Lunatic asylums Bombay report 1878-1890 - 1878-1890
Year: 1878
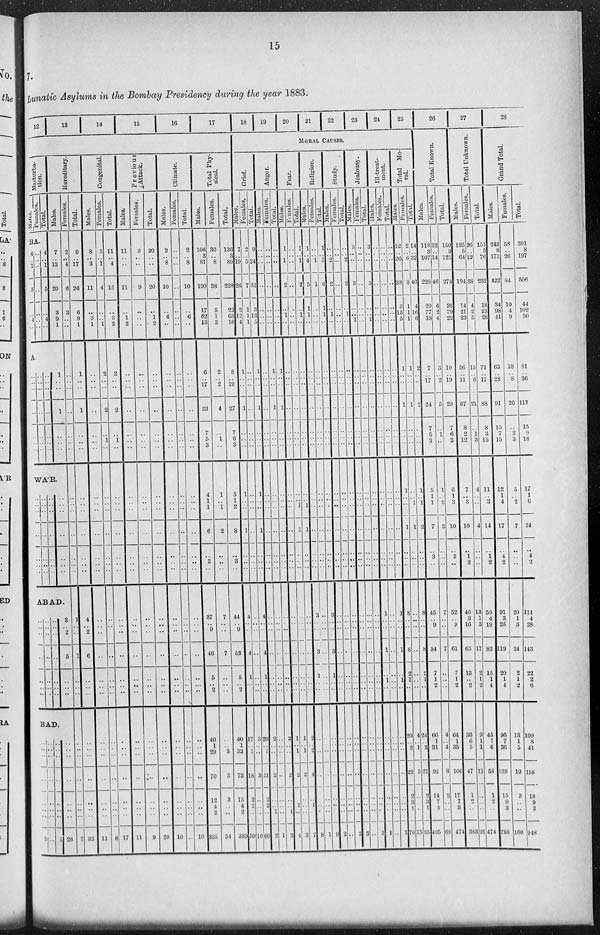
15
7.
Lunatic Asylums in the Bombay Presidency during the year 1883.
12
13
14
15 16 17
Masturba-
tion.
Males.
Females.
Total.
BA.
4
.. 1
5
..
4
..
..
..
..
..
..
..
..
4
.. 1
5
..
4
..
Hereditary.
Males.
7
.. 13
20
3
9
1
A.
..
..
..
..
..
..
..
..
..
..
..
..
..
..
..
..
..
..
..
..
..
1
..
..
1
..
..
..
WA'R.
..
..
..
..
..
..
..
..
..
..
..
..
..
..
..
..
..
..
..
..
..
..
..
..
..
..
..
..
ABAD.
..
..
..
..
..
..
..
..
..
..
..
..
..
..
..
..
..
..
..
..
..
3
..
2
5
..
..
..
BAD.
..
..
..
..
..
..
..
5
..
..
..
..
..
..
..
..
..
..
..
..
..
..
..
5
..
..
..
..
..
..
..
26
Females.
2
.. 4
6
3
..
..
..
..
..
..
..
..
..
..
..
..
..
..
..
..
1
..
..
1
..
..
..
..
..
..
..
..
..
..
7
Total.
9
.. 17
26
6
9
1
1
..
..
1
..
..
..
..
..
..
..
..
..
..
4
.. 2
6
..
..
..
..
..
..
..
..
..
..
33
Congenital.
Males.
8
.. 3
11
..
3
1
..
..
..
..
..
..
..
..
..
..
..
..
..
..
..
..
..
..
..
..
..
..
..
..
..
..
..
..
11
Females.
3
.. 1
4
..
..
1
2
..
..
2
..
1
..
..
..
..
..
..
..
..
..
..
..
..
..
..
..
..
..
..
..
..
..
..
6
Total.
11
.. 4
15
..
3
2
2
..
..
2
..
1
..
..
..
..
..
..
..
..
..
..
..
..
..
..
..
..
..
..
..
..
..
..
17
Previous
Attack.
Males.
11
..
..
11
..
1
2
..
..
..
..
..
..
..
..
..
..
..
..
..
..
..
..
..
..
..
..
..
..
..
..
..
..
..
..
11
Females.
9
..
..
9
..
..
..
..
..
..
..
..
..
..
..
..
..
..
..
..
..
..
..
..
..
..
..
..
..
..
..
..
..
..
..
9
Total.
20
..
..
20
..
1
2
..
..
..
..
..
..
..
..
..
..
..
..
..
..
..
..
..
..
..
..
..
..
..
..
..
..
..
..
20
Climate.
Males.
2
.. 8
10
..
6
..
..
..
..
..
..
..
..
..
..
..
..
..
..
..
..
..
..
..
..
..
..
..
..
..
..
..
..
..
10
Females.
..
..
..
..
..
..
..
..
..
..
..
..
..
..
..
..
..
..
..
..
..
..
..
..
..
..
..
..
..
..
..
..
..
..
..
..
Total.
2
.. 8
10
..
6
..
..
..
..
..
..
..
..
..
..
..
..
..
..
..
..
..
..
..
..
..
..
..
..
..
..
..
..
..
10
Total Phy-
sical.
Males.
106
3 81
190
17
62
13
6
.. 17
23
7
5
3
4
1
1
6
..
3
..
37
.. 9
46
5
.. 2
40
1
29
70
12
4
2
335
Females.
30
.... 8
38
5
1
3
2
.. 2
4
..
1
..
1
.. 1
2
..
..
..
7
..
..
7
..
..
..
..
.. 3
3
3
..
..
54
Total.
136
3 89
228
22
63
16
8
.. 19
27
7
6
3
5
1
2
8
..
3
..
44
.. 9
53
5
.. 2
40
1
32
73
15
4
2
389
18
19
20
21
22
23
24
25
MORAL CAUSES.
Grief.
Males.
7
.. 19
26
2
12
4
1
..
..
1
..
..
..
1
..
..
1
..
..
..
4
..
..
4
1
..
..
17
.. 1
18
2
2
..
50
Females.
2
.. 5
7
1
1
1
..
..
..
..
..
..
..
..
..
..
..
..
..
..
..
..
..
..
..
..
..
3
..
..
3
..
..
..
10
Total.
9
.. 24
33
3
13
5
1
..
..
1
..
..
..
1
..
..
1
..
..
..
4
..
..
4
1
..
..
20
..
..
21
2
2
..
60
Anger.
Males.
..
..
..
..
..
..
..
..
..
..
..
..
..
..
..
..
..
..
..
..
..
..
..
..
..
..
..
..
2
..
..
2
..
.. 1
2
Females.
..
..
..
..
..
..
..
1
..
..
1
..
..
..
..
..
..
..
..
..
..
..
..
..
..
..
..
..
..
..
..
..
..
..
..
1
Total.
..
..
..
..
..
..
..
1
..
..
1
..
..
..
..
..
..
..
..
..
..
..
..
..
..
..
..
..
2
..
..
2
..
..
..
3
Fear.
Males.
1
.. 1
2
..
1
..
..
..
..
..
..
..
..
..
..
..
..
..
..
..
..
..
..
..
..
..
..
1
.. 1
2
..
1
..
4
Females.
..
..
..
..
..
..
..
..
..
..
..
..
..
..
..
.. 1
1
..
..
..
..
..
..
..
..
..
..
1
.. 1
2
..
..
..
3
Total.
1
.. 1
2
..
1
..
..
..
..
..
..
..
..
..
.. 1
1
..
..
..
..
..
..
..
..
..
..
2
.. 2
4
..
..
..
7
Religion.
Males.
1
.. 4
5
1
1
..
..
..
..
..
..
..
..
..
..
..
..
..
..
..
3
..
..
3
1
..
..
..
..
..
..
..
..
..
8
Females.
..
.. 1
1
..
..
..
..
..
..
..
..
..
..
..
..
..
..
..
..
..
..
..
..
..
..
..
..
..
..
..
..
..
..
..
1
Total.
1
.. 5
6
1
1
..
..
..
..
..
..
..
..
..
..
..
..
..
..
..
3
..
..
3
1
..
..
..
..
..
..
..
..
..
9
Study.
Males.
..
.. 2
2
..
1
..
..
..
..
..
..
..
..
..
..
..
..
..
..
..
..
..
..
..
..
..
..
..
..
..
..
..
..
..
2
Females.
..
..
..
..
..
..
..
..
..
..
..
..
..
..
..
..
..
..
..
..
..
..
..
..
..
..
..
..
..
..
..
..
..
..
..
..
Total.
..
.. 2
2
..
1
..
..
..
..
..
..
..
..
..
..
..
..
..
..
..
..
..
..
..
..
..
..
..
..
..
..
..
..
..
2
Jealousy.
Males.
3
..
..
3
..
.. 1
..
..
..
..
..
..
..
..
..
..
..
..
..
..
..
..
..
..
..
..
..
..
..
..
..
..
..
..
3
Females.
..
..
..
..
..
..
..
..
..
..
..
..
..
..
..
..
..
..
..
..
..
..
..
..
..
..
..
..
..
..
..
..
..
..
..
..
Total.
3
..
..
3
..
.. 1
..
..
..
..
..
..
..
..
..
..
..
..
..
..
..
..
..
..
..
..
..
..
..
..
..
..
..
..
3
Ill-treat-
ment.
Males.
..
..
..
..
..
..
..
..
..
..
..
..
..
..
..
..
..
..
..
..
..
1
..
..
1
..
1
..
..
..
..
..
..
..
..
1
Females.
..
..
..
..
..
..
..
..
..
..
..
..
..
..
..
..
..
..
..
..
..
..
..
..
..
..
..
..
..
..
..
..
..
..
..
..
Total.
..
..
..
..
..
..
..
..
..
..
..
..
..
..
..
..
..
..
..
..
..
1
..
..
1
..
1
..
..
..
..
..
..
..
..
1
Total Mo-
ral.
Males.
12
.. 26
38
3
15
5
1
..
..
1
..
..
..
1
..
..
1
..
..
..
8
..
..
8
2
1
..
20
.. 2
22
2
3
1
70
Females.
2
..
6
8
1
1
1
1
..
..
1
..
..
..
..
.. 1
1
..
..
..
..
..
..
..
..
..
..
4
.. 1
5
..
..
..
15
Total.
14
.. 32
40
4
16
6
2
..
..
2
..
..
..
1
.. 1
2
..
..
..
8
..
..
8
2
1
..
24
.. 3
27
2
3
1
85
26
Total Known.
Males.
118
3 107
228
20
77
18
7
.. 17
24
7
5
3
5
1
1
7
..
3
..
45
.. 9
54
7
1
2
60
1
31
92
14
7
3
405
Females.
32
..
14
46
6
2
4
3
.. 2
5
..
1
..
1
.. 2
3
..
..
..
7
..
..
7
..
..
..
4
.. 4
8
3
..
..
69
Total.
150
3
121
274
26
79
22
10
.. 19
29
7
6
3
6
1
3
10
..
3
..
52
.. 9
61
7
1
2
64
1
35
100
17
7
3
474
27
Total Unknown.
Males.
125
5
64
194
14
21
23
56
.. 11
67
8
2
12
7
.. 3
10
..
1
2
46
3
16
65
13
.. 2
36
6
5
47
1
2
..
383
Females.
26
.. 12
38
4
2
5
15
.. 6
21
..
1
3
4
..
..
4
..
..
..
13
1
3
17
2
1
2
9
1
1
11
..
..
..
91
Total.
151
5
76
232
18
23
28
71
.. 17
88
8
3
15
11
.. 3
14
..
1
2
59
4
19
82
15
1
4
45
7
6
58
1
2
..
474
28
Grand Total.
Males.
243
8
171
422
34
98
41
63
.. 28
91
15
7
15
12
1
4
17
..
4
2
91
3
25
119
20
1
4
96
7
36
139
15
9
3
788
Females.
58
.. 26
84
10
4
9
18
.. 8
26
..
2
3
5
.. 2
7
..
..
..
20
1
3
24
2
1
2
13
1
5
19
3
..
..
160
Total.
301
8 197
506
44
102
50
81
.. 36
117
15
9
18
17
1
6
24
..
4
2
111
4
28
143
22
2
6
109
8
41
158
18
9
3
948